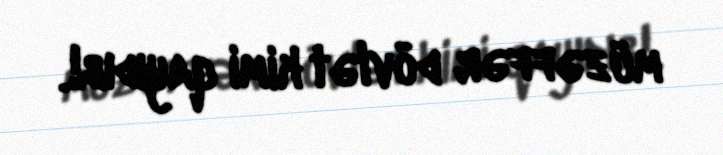
müzəffər dövlət kimi qayıdıb!.